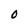
Character: O